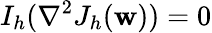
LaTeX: I_{h}(\nabla^{2}J_{h}(\mathbf{w}))=0